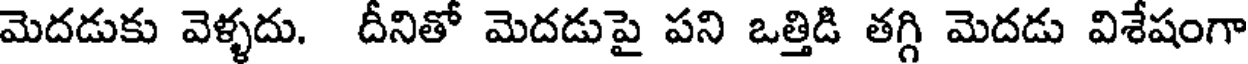
మెదడుకు వెళ్ళదు. దీనితో మెదడుపై పని ఒత్తిడి తగ్గి మెదడు విశేషంగా